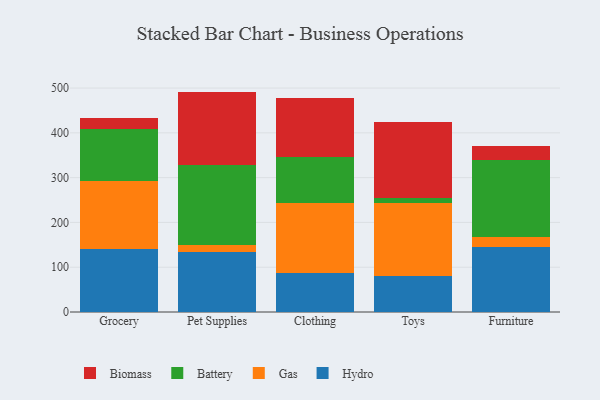
{"axis": {"x": "Category", "y": "Website Visitors"}, "legend": ["Battery", "Biomass", "Gas", "Hydro"], "data": [{"x": "Grocery", "y": 140.6, "type": "Hydro"}, {"x": "Grocery", "y": 151.7, "type": "Gas"}, {"x": "Grocery", "y": 115.6, "type": "Battery"}, {"x": "Grocery", "y": 24.5, "type": "Biomass"}, {"x": "Pet Supplies", "y": 133.5, "type": "Hydro"}, {"x": "Pet Supplies", "y": 15.6, "type": "Gas"}, {"x": "Pet Supplies", "y": 178.4, "type": "Battery"}, {"x": "Pet Supplies", "y": 164.6, "type": "Biomass"}, {"x": "Clothing", "y": 88.2, "type": "Hydro"}, {"x": "Clothing", "y": 154.1, "type": "Gas"}, {"x": "Clothing", "y": 103.3, "type": "Battery"}, {"x": "Clothing", "y": 133.1, "type": "Biomass"}, {"x": "Toys", "y": 79.4, "type": "Hydro"}, {"x": "Toys", "y": 163.2, "type": "Gas"}, {"x": "Toys", "y": 12.2, "type": "Battery"}, {"x": "Toys", "y": 169.4, "type": "Biomass"}, {"x": "Furniture", "y": 144.9, "type": "Hydro"}, {"x": "Furniture", "y": 23.4, "type": "Gas"}, {"x": "Furniture", "y": 172.0, "type": "Battery"}, {"x": "Furniture", "y": 29.8, "type": "Biomass"}]}